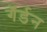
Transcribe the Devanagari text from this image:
गॅर्डन